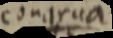
congrua